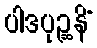
ပါဒပုဉ္ဆနိံ